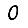
Digit: 0